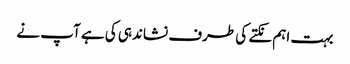
بہت اہم نکتے کی طرف نشاندہی کی ہے آپ نے